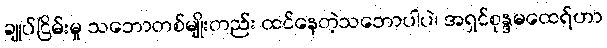
ချုပ်ငြိမ်းမှု သဘောတစ်မျိုးတည်း ထင်နေတဲ့သဘောပါပဲ၊ အရှင်စုန္ဒမထေရ်ဟာ